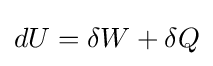
dU=\delta W+\delta Q